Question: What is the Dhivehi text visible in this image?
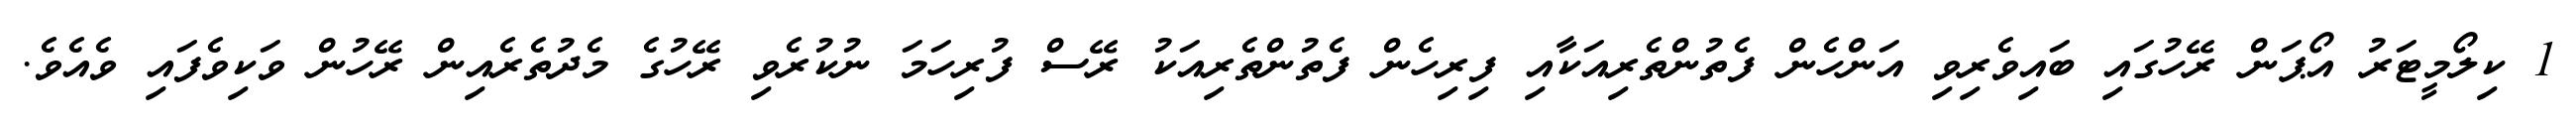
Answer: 1 ކިލޯމީޓަރު އޯޕަން ރޭހުގައި ބައިވެރިވި އަންހެން ފެތުންތެރިއަކާއި ފިރިހެން ފެތުންތެރިއަކު ރޭސް ފުރިހަމަ ނުކުރެވި ރޭހުގެ މެދުތެރެއިން ރޭހުން ވަކިވެފައި ވެއެވެ.